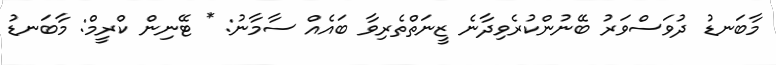
މާބަނޑު ދުވަސްވަރު ބޭނުންކުރެވިދާނެ ޒީނަތްތެރިވާ ބައެއް ސާމާނު: * ޓޭނިން ކްރީމް: މާބަނޑު